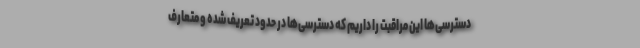
دسترسی‌ها این مراقبت را داریم که دسترسی‌ها در حدود تعریف شده و متعارف